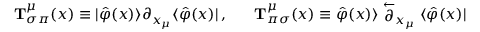
{ \bf T } _ { \sigma \pi } ^ { \mu } ( x ) \equiv | \hat { \varphi } ( x ) \rangle \partial _ { x _ { \mu } } \langle \hat { \varphi } ( x ) | \, , \; \; \; \; \; \; { \bf T } _ { \pi \sigma } ^ { \mu } ( x ) \equiv \hat { \varphi } ( x ) \rangle \stackrel { \leftarrow } { \partial } _ { x _ { \mu } } \langle \hat { \varphi } ( x ) |